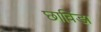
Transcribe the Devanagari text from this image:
छाविंडा